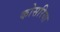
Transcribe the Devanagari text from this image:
कोसरिया